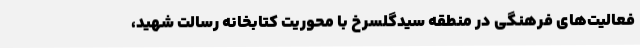
فعالیت‌های فرهنگی در منطقه سیدگلسرخ با محوریت کتابخانه رسالت شهید،